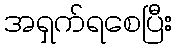
အရှက်ရစေပြီး